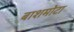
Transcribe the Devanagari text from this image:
बाशमोटा